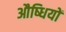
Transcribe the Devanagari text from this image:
औष्धियों